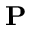
\mathbf { P }